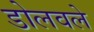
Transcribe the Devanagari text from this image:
डोलवले